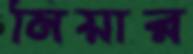
মিয়ার